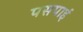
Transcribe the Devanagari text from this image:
पसपाई